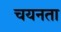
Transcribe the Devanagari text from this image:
चयनता